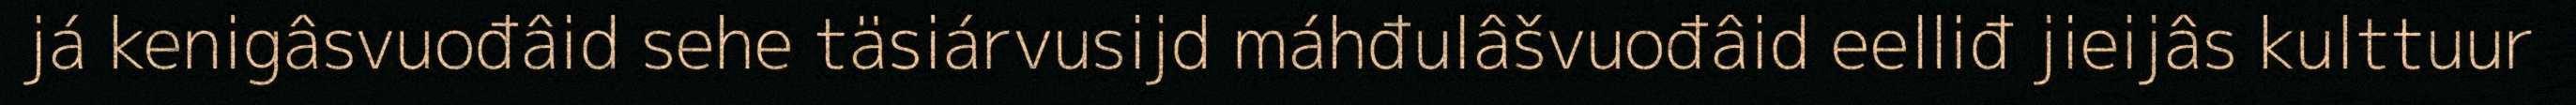
já kenigâsvuođâid sehe täsiárvusijd máhđulâšvuođâid eelliđ jieijâs kulttuur